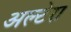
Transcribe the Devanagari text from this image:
अल्टेरा